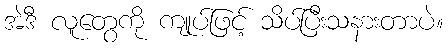
အဲဒီ လူတွေကို ကျုပ်ဖြင့် သိပ်ပြီးသနားတာပဲ။